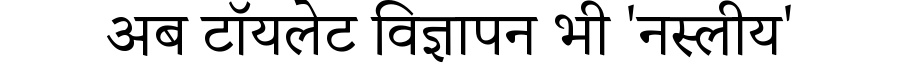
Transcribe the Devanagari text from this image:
अब टॉयलेट विज्ञापन भी 'नस्लीय'